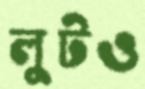
লুটও